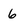
Character: 6